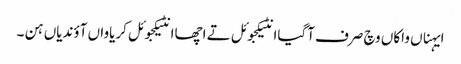
ایہناں واکاں وچ صرف آگیاانٹیکجوئل تے اچھاانٹیکجوئل کریاواں آؤندیاں ہن ۔